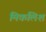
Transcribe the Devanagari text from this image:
मिकलिश